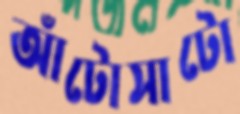
আঁটোসাটো